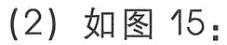
(2) 如图 15：